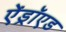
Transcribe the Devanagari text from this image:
ऐंड्रॉएड